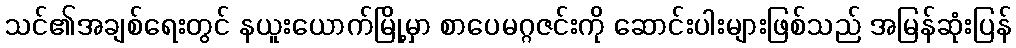
သင်၏အချစ်ရေးတွင် နယူးယောက်မြို့မှာ စာပေမဂ္ဂဇင်းကို ဆောင်းပါးများဖြစ်သည် အမြန်ဆုံးပြန်